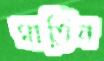
মাতিন